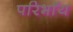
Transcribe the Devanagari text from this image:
परिभाॅय